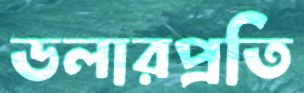
ডলারপ্রতি